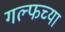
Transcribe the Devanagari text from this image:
गल्फच्या